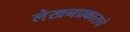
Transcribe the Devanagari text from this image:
लेखनप्रकाराचे